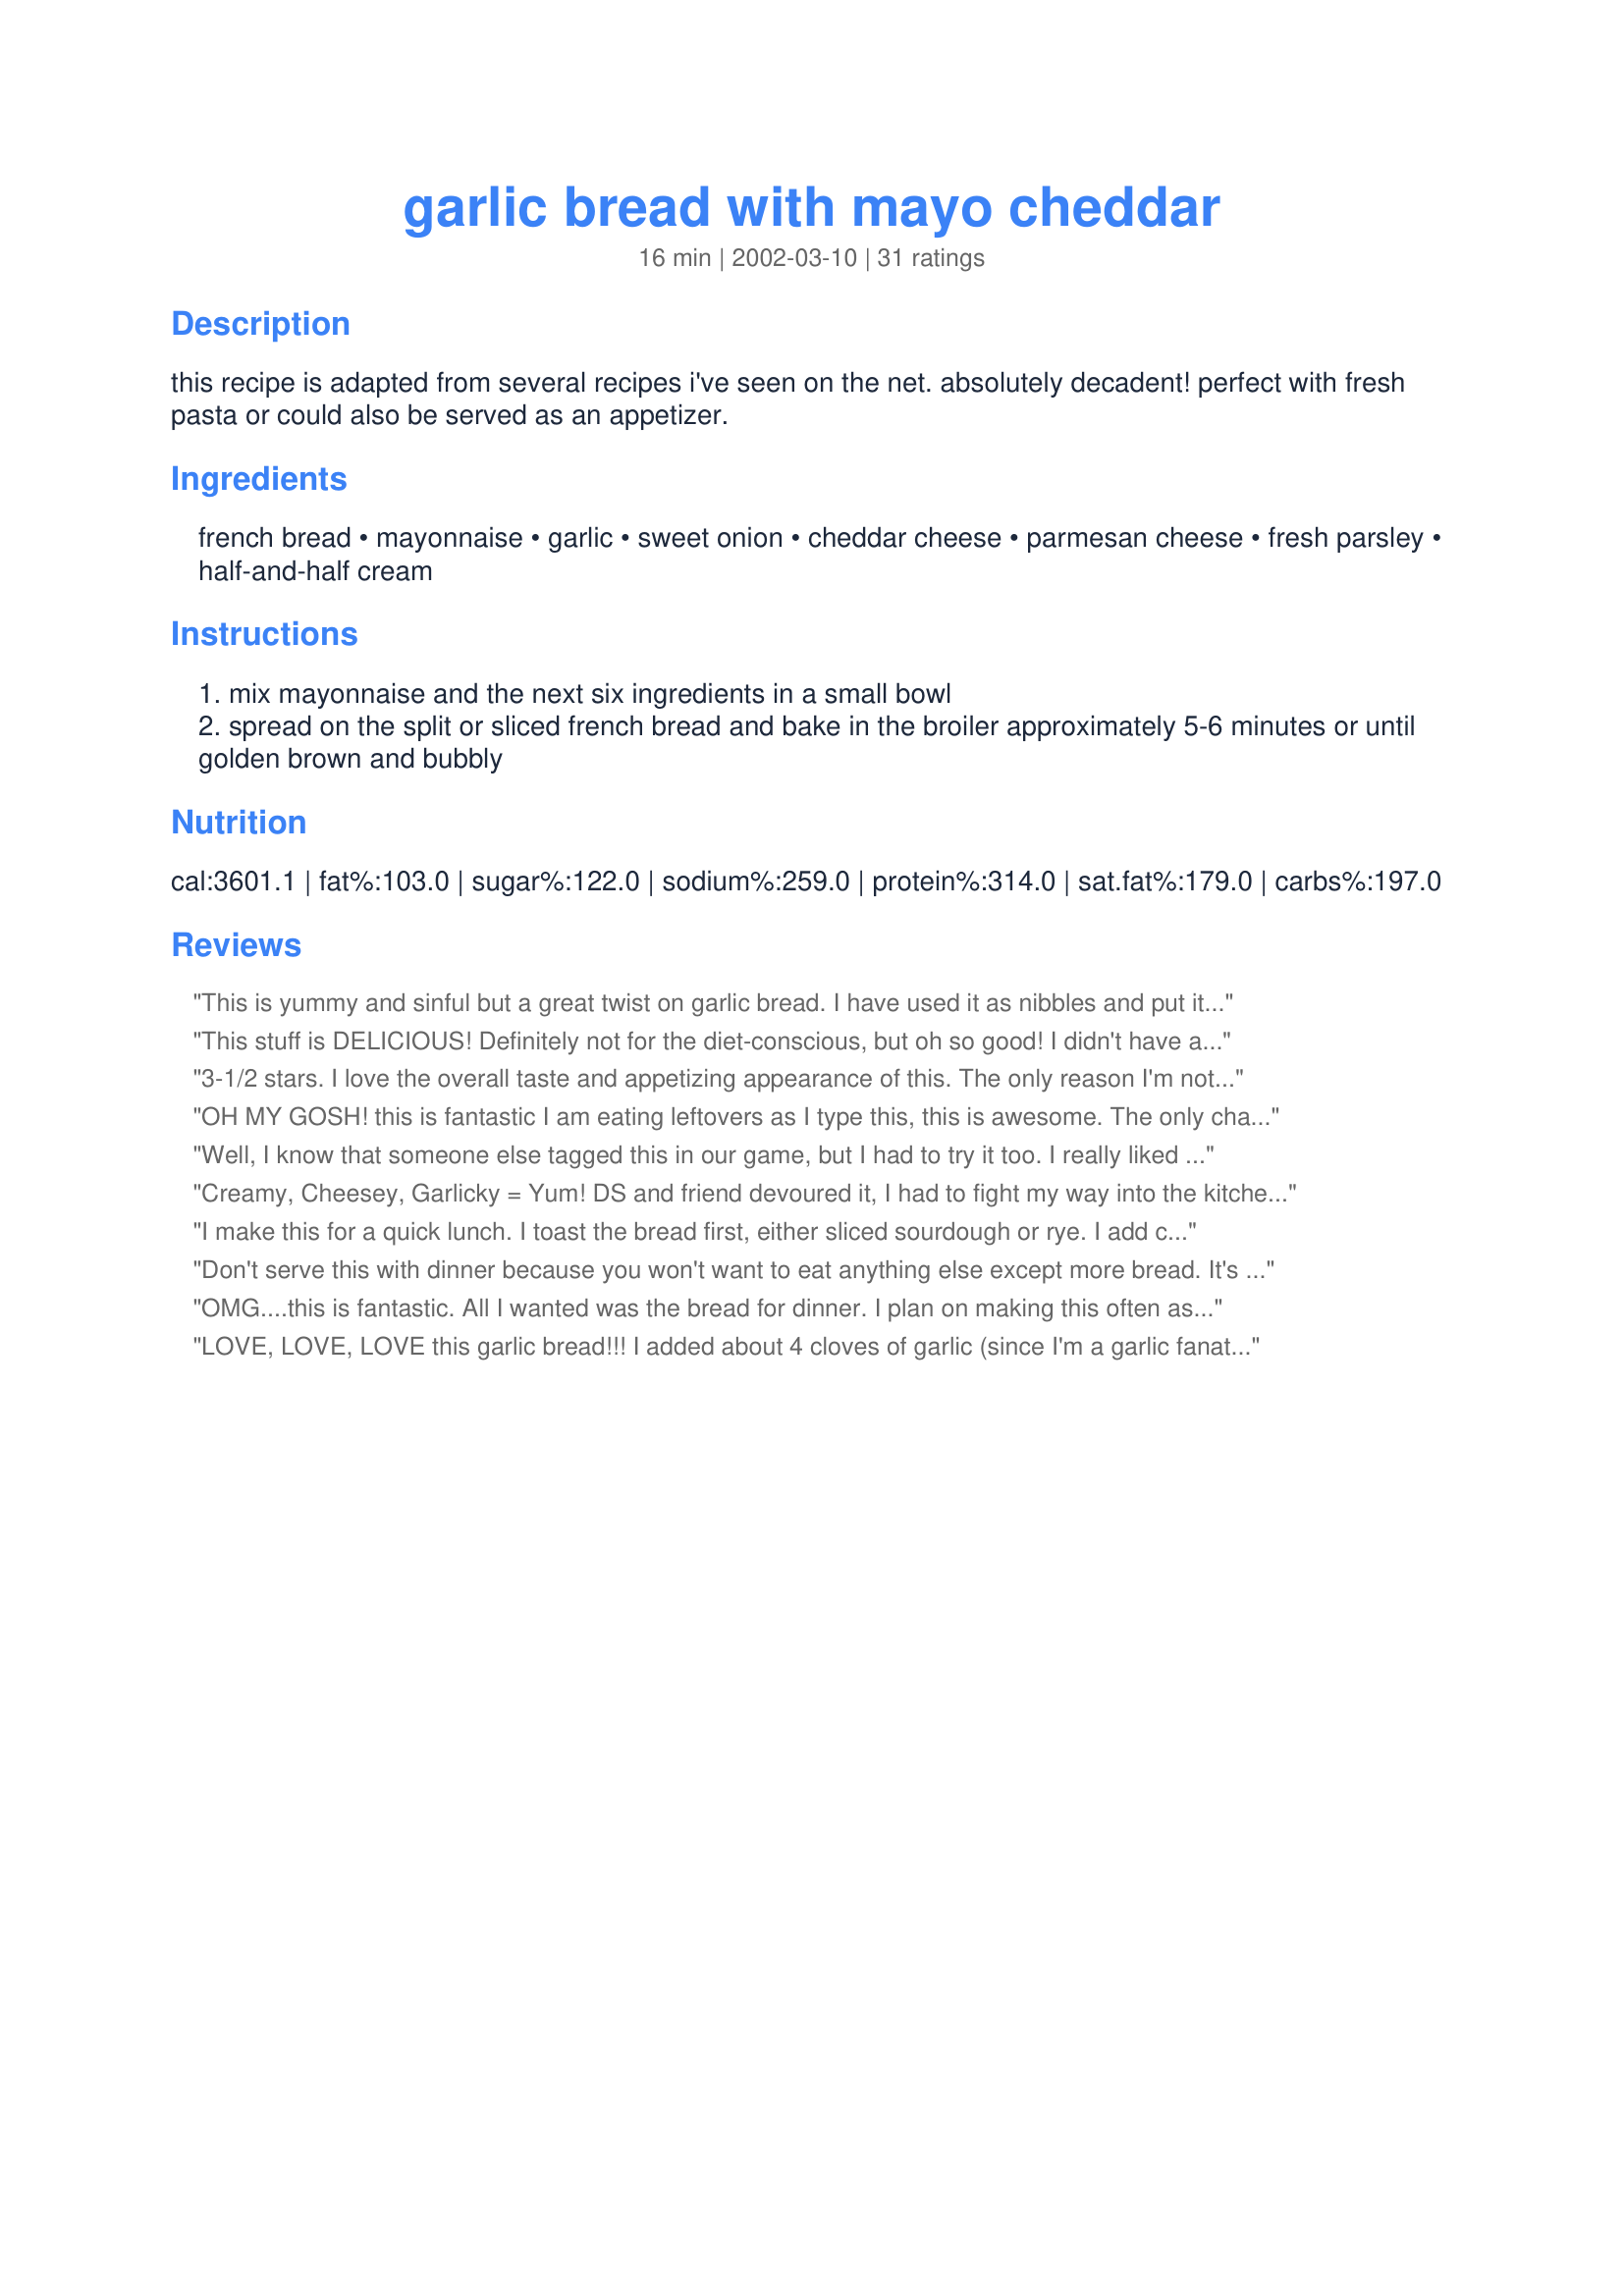
garlic bread with mayo cheddar
Preparation time: 16 minutes

this recipe is adapted from several recipes i've seen on the net. absolutely decadent! perfect with fresh pasta or could also be served as an appetizer.

Ingredients:
french bread, mayonnaise, garlic, sweet onion, cheddar cheese, parmesan cheese, fresh parsley, half-and-half cream

Steps:
mix mayonnaise and the next six ingredients in a small bowl
spread on the split or sliced french bread and bake in the broiler approximately 5-6 minutes or until golden brown and bubbly

Reviews:
This is yummy and sinful but a great twist on garlic bread. I have used it as nibbles and put it on small slices of French bread or party rye. Always disappears quickly. Thanks for submitting Denise. Liz
This stuff is DELICIOUS! Definitely not for the diet-conscious, but oh so good! I didn't have any garlic or onion so subbed garlic powder and onion powder and it was still wonderful. I could eat this every day (but I better not!). Will definitely be making again!
3-1/2 stars.
I love the overall taste and appetizing appearance of this. The only reason I'm not rating it 5-stars is because there is so much mayo in this recipe. After trying several variations, we prefer making cheese topping with only half the mayo and no cream. Still soft and delicious, but a little less junk...
Thanks for the inspiration.
OH MY GOSH! this is fantastic I am eating leftovers as I type this, this is awesome. The only change I made was to use green onions. I will be making this often. Thanks, Denise!
Well, I know that someone else tagged this in our game, but I had to try it too. I really liked it. Next time though, I may try to add a little bit more garlic because I love garlic so much. Nice recipe and a nice change of pace from the typical garlic bread.
Creamy, Cheesey, Garlicky = Yum! DS and friend devoured it, I had to fight my way into the kitchen to have a piece myself! Thanks for posting Denise!
I make this for a quick lunch. I toast the bread first, either sliced sourdough or rye. I add coarsly chopped stuffed green olives OR chopped marinated artichoke hearts. I haven't tried the garlic, parsley or parmesan. Mine come out toast-like and crunchy. I use alot of cayenne, sprinkled on top. So Good!
Don't serve this with dinner because you won't want to eat anything else except more bread. It's like eating garlic bread topped with a melted creamy, cheese and onion dip. Sensational, the topping gets all brown and bubbly and the bread - brown and crunchy. I used some leftover sour cream instead of the half and half and baked it because my broiler is worthless. Denise H I love this recipe.
OMG....this is fantastic. All I wanted was the bread for dinner. I plan on making this often as we all loved it. Thank you for posting this wonderful bread recipe.....Stephanie
LOVE, LOVE, LOVE this garlic bread!!! I added about 4 cloves of garlic (since I'm a garlic fanatic) :) I will be making this ALL the time. It turned out exactly like the picture. I used a cup of mayo and didn't think it was too much... Thanks so much for the recipe!
This bread was OK, but I think there was a little too much mayonaise. If I make this again I think I will use about half or even 1/4 the amount of mayo.
Yes, the mayo is a bit too much. I suggest using only 2/3 of it, and if you really don't like mayo, use only 1/2. Other than that, it cooked beautifully!
I was skeptical of this recipe because of all the mayonnaise. It is so good I could eat the whole loaf myself. I did use reduced-fat mayo and milk instead of half and half. Good recipe!!!
very, very good!!!! i won't buy 'bought' garlic bread again as all the family thought this was better. thanks for the great recipe
I'm so happy I tried this recipe out cause it turned out amazing! Easy to prepare too. This will go wonderfully with our monthly family spaghetti dinners. Oh I did change a little, I used 4 gigantic cloves of garlic,so more like 5-6 cloves, 1 Tbsp. dried parsley, and used 1 Tbsp. dried onion flakes because I did not want to ruin my eye make up cutting an onion lol. Thank you so much for posting this wonderful way too good recipe!
REALLY good stuff! We had a friend over who loves garlic bread so I was unsure about this combination. Needn't have been - she and my BH scarfed the lot. The piece I did manage to comandeer was great. She left with the recipe. I'm planning on having this with soup for dinner in future. Thanks for a great recipe
The family really loved this garlic bread. It looked just like the picture too! Hubby and I decided next time we will use green onion instead of the parsley for some added zip.
OH MY! This is heavenly! It's a meal in itself if you can't seem to eat anything else at the table except this bread! The places where the mixture was a little thick...was just a bit too much but otherwise...perfect and that is my error not the recipe's. Not for those on a diet that is for sure but this is one of those things that is SO worth it!
We loved this! Easy to make. I did add a dash of Beau Monde spice and Greek Seasoning All Purpose spice and 1/2tsp Accent to give it a kick. Very good recipe, Thank you for sharing it with us.
This was so good ! Making it again tonight to go with broccoli/ cheddar soup ! Thank you for posting !
Finally got around to trying this (had printed it out ages ago). This was delicious! I did use 1/2 mayo and 1/2 sour cream, mainly because I had sour cream to use up. Didn't have cheddar, so colby monterey jack had to do. 1 T of dried parsley, and everything else stayed the same. I was very sceptical, because it looked watery and too thin. But once it went under the broiler, look out! It was transformed into a garlic piece of heaven! You can use any kind of long bread. I actually had an old piece of red and yellow pepper filone bread, and it was absolutely devine! My boys didn't care what kind of bread it was, they fought over the last piece. My oldest son began to dream of putting this on top of chicken and veggies and broiling away! Definitely will be made again and again. Thanks!
Just made this recipe and tried it. It was amazing! I was skeptical at first about the mayo, but it was absolutely irresistable. I had to fight my DH for the last piece. I served it with Mineststrone and cherry cheesecake muffins for dessert. Definate hit, and definate repeat!
A great change from ordinary garlic bread. I served it with a delicious casserole, Chicken Cordon Bleu over rice #11470 and buttered green beans, my family didn't know which to keep eating the bread or the casserole. My dinner was a REAL hit with the family tonight.
This was very tasty - loved all the garlic/onion flavor. For our oven we will need to cook it longer than 5-6 mins just so it gets all melty and gooey. We will definitely make this again!!
YUM-O! I absolutely love this! my french bread had sadly gone stale and I didn't realize this till after I mixed the ingredients, so I put this on good old plain white bread and STILL loved it. I used freshly grated smoked chedder and it made the flavor super yummy to go with grilled pork chops. my hubby didn't love the mayo (I say he's crazy!) but I am eating what he didn't want now and loving it. :) I'll make this recipe again and again! thanks so much!
Can't wait to make this again! I used whole wheat french bread and dried parsley instead of fresh. Absolutely delicious!
This was fabulous! Will make these again! Thanks for posting!
Incredibly good garlic bread! It's going staight into my favorites book!
Yum, YUM!!! Incredibly delicious. Can't wait to make it again.
I will definitely be making this again! - Don't eat it if your a health nut. Ha! I made the mistake of using English Muffins (for convienence, its what I had), I don't suggest this - if you use a crusty bread (such as the one in the recipe) it will prevent your toast from getting too moist from the mayonnaise and cream.
This bread was delicious! I served it with baked Italian chicken, green beans and a package of chicken flavored noodles. I used a little milk instead of the half-and-half because I didn't have any on hand. I use 3 cloves of garlic and 1 T. dried parsley instead of fresh, but it was still delicious! Fresh basil might have been a nice addition, I will try it next time, but it was delicious as is! It was quick and easy to prepare. I put it under the broiler for about 5 minutes and watched it closely. When the cheese became lightly browned and bubbly, I pulled it out. The bread with hot and still soft, just the way I like it! This bread really made my ordinary dinner special! The kids even loved the bread, so this recipe is a keeper in my book! Thanks!!!
